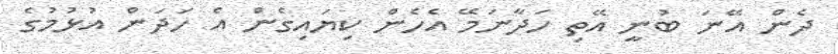
ދެން އޭނަ ބުނީ އޭތި ހަދާނަމޭ އެހެން ކިޔައިގެން އެ ހަދަން އުޅުމުގެ